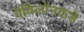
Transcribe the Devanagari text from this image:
बॅबिलोनकडे